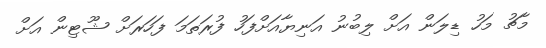
މާޗު މަހު ޑިލަން އަށް ލިބުނު އަނިޔާއަށްފަހު ފުރަތަމަ ފަހަރަށް ޝޫޓިން އަށް